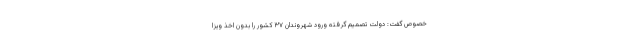
خصوص گفت: دولت تصمیم گرفته ورود شهروندان ۳۷ کشور را بدون اخذ ویزا